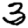
Digit: 3